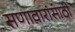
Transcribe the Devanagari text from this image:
सणावारांसाठी